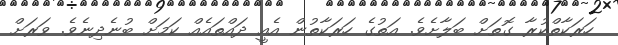
ހަރަކާތްކުރާ ގޮތަށް ބަލާށެވެ. އަތުގެ ހަރަކާތުން އެއީ ދައްތައެއް ކަމަށް ބުނެދިނެވެ. ވަރަށް